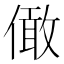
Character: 㒈